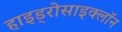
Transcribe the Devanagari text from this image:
हाइड्रोसाइक्लॉन